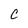
Character: c